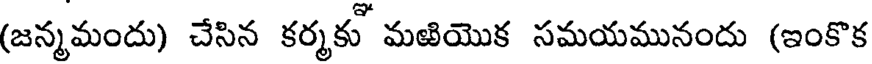
(జన్మమందు) చేసిన కర్మకు మఱియొక సమయమునందు (ఇంకొక